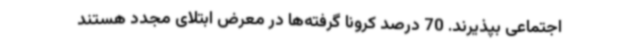
اجتماعی بپذیرند. 70 درصد کرونا گرفته‌ها در معرض ابتلای مجدد هستند